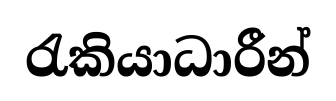
රැකියාධාරීන්